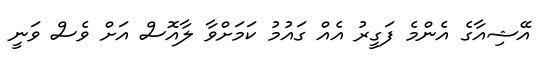
އޭޝިއާގެ އެންމެ ފަގީރު އެއް ގައުމު ކަމަށްވާ ލާއޮސް އަށް ވެސް ވަނީ